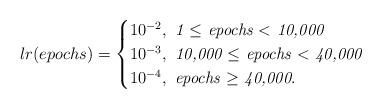
LaTeX: \begin{align*}lr(epochs)=\begin{cases}10^{-2}, \textit{ 1 $\leq$ epochs $<$ 10,000}\\10^{-3}, \textit{ 10,000 $\leq$ epochs $<$ 40,000}\\10^{-4},\textit{ epochs $\geq$ 40,000}.\end{cases}\end{align*}